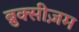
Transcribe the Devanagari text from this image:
ब्रुक्सीज़म